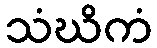
သံဃိကံ